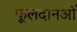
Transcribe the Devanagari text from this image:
फूलदानओं